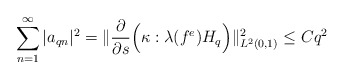
\begin{align*}\sum_{n=1}^{\infty} \vert a_{qn}\vert^2=\Vert\dfrac{\partial}{\partial s}\Big(\kappa:\lambda(f^e) H_q \Big)\Vert_{L^2(0, 1)}^2\leq C q^2\end{align*}